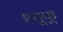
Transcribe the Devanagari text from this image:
श्यूफू